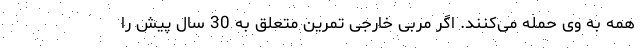
همه به وی حمله می‌کنند. اگر مربی خارجی تمرین متعلق به 30 سال پیش را